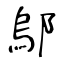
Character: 鄔